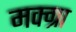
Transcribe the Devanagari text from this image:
मक्ग्रा